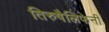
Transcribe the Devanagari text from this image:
तिरुषैलिफेनी